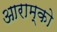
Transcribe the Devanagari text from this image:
आराम्को